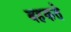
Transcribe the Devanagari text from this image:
बहकते